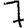
Digit: 7